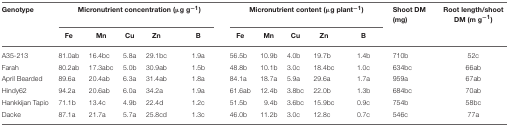
<table><thead><tr><td><b>Genotype</b></td><td colspan="5"><b>Micronutrient concentration (μg g<sup>−1</sup>)</b></td><td colspan="5"><b>Micronutrient content (μg plant<sup>−1</sup>)</b></td><td><b>Shoot DM (mg)</b></td><td><b>Root length/shoot DM (m g<sup>−1</sup>)</b></td></tr><tr><td></td><td><b>Fe</b></td><td><b>Mn</b></td><td><b>Cu</b></td><td><b>Zn</b></td><td><b>B</b></td><td><b>Fe</b></td><td><b>Mn</b></td><td><b>Cu</b></td><td><b>Zn</b></td><td><b>B</b></td><td></td><td></td></tr></thead><tbody><tr><td>A35-213</td><td>81.0ab</td><td>16.4bc</td><td>5.8a</td><td>29.1bc</td><td>1.9a</td><td>56.5b</td><td>10.9b</td><td>4.0b</td><td>19.7b</td><td>1.4b</td><td>710b</td><td>52c</td></tr><tr><td>Farah</td><td>80.2ab</td><td>17.3abc</td><td>5.0b</td><td>30.9ab</td><td>1.5b</td><td>48.8b</td><td>10.1b</td><td>3.0c</td><td>18.4bc</td><td>1.0c</td><td>634bc</td><td>66ab</td></tr><tr><td>April Bearded</td><td>89.6a</td><td>20.4ab</td><td>6.3a</td><td>31.4ab</td><td>1.8a</td><td>84.1a</td><td>18.7a</td><td>5.9a</td><td>29.6a</td><td>1.7a</td><td>959a</td><td>67ab</td></tr><tr><td>Hindy62</td><td>94.2a</td><td>20.6ab</td><td>6.0a</td><td>34.2a</td><td>1.9a</td><td>61.6ab</td><td>12.4b</td><td>3.8bc</td><td>22.0b</td><td>1.3b</td><td>684bc</td><td>70ab</td></tr><tr><td>Hankkijan Tapio</td><td>71.1b</td><td>13.4c</td><td>4.9b</td><td>22.4d</td><td>1.2c</td><td>51.5b</td><td>9.4b</td><td>3.6bc</td><td>15.9bc</td><td>0.9c</td><td>754b</td><td>58bc</td></tr><tr><td>Dacke</td><td>87.1a</td><td>21.7a</td><td>5.7a</td><td>25.8cd</td><td>1.3c</td><td>46.0b</td><td>11.2b</td><td>3.0c</td><td>12.8c</td><td>0.7c</td><td>546c</td><td>77a</td></tr></tbody></table>